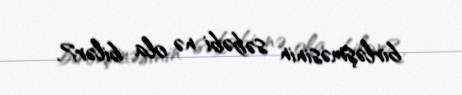
birləşməsinin səbəbi nə ola bilər?.